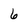
Character: 6